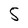
Character: 5